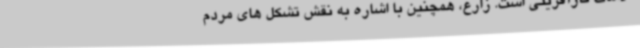
اقدامات کارآفرینی است. زارع، همچنین با اشاره به نقش تشکل های مردم